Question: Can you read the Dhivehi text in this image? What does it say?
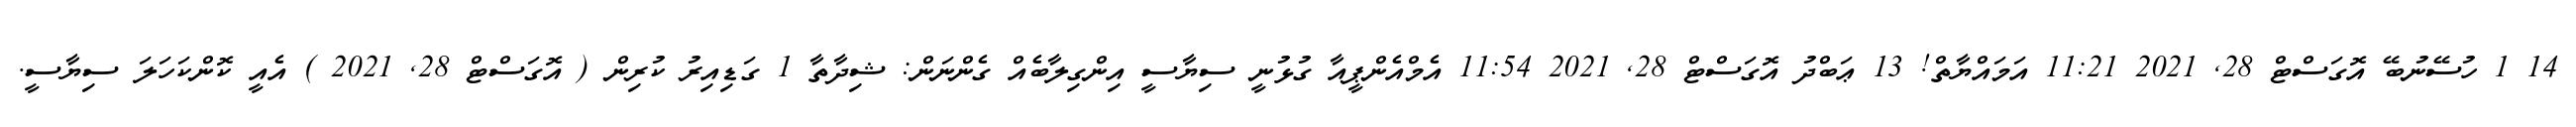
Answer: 14 1 ހުސޭނުބޭ އޮގަސްޓް 28, 2021 11:21 އަމައްޔާތް! 13 ޢަބްދު އޮގަސްޓް 28, 2021 11:54 އެމްއެންޕީއާ ގުޅުނީ ސިޔާސީ އިންގިލާބެއް ގެންނަން: ޝިދާތާ 1 ގަޑިއިރު ކުރިން ( އޮގަސްޓް 28, 2021 ) އެއީ ކޮންކަހަލަ ސިޔާސީ.